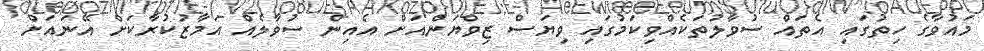
މައުވާގެ ހިތުގައި އެތައް ސުވާލުތަކެއްވިކަމުގައި ވިޔަސް ޒިވްޔަންއަށް އެއިން ސުވާލެއް އަމާޒުކުރާކަށް އޭނައަށް